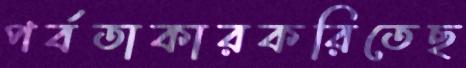
পর্বতাকারকরিতেছ